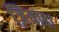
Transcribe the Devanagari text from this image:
ज़ियादा